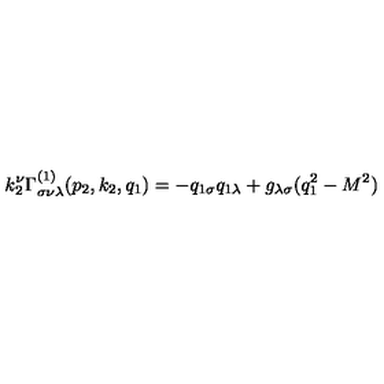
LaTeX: k _ { 2 } ^ { \nu } \Gamma _ { \sigma \nu \lambda } ^ { ( 1 ) } ( p _ { 2 } , k _ { 2 } , q _ { 1 } ) = - q _ { 1 \sigma } q _ { 1 \lambda } + g _ { \lambda \sigma } ( q _ { 1 } ^ { 2 } - M ^ { 2 } )